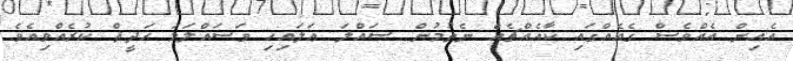
އެއިން އެއްވެސް ގެއެއްގައި ކާއެއްޗެއް ނެތުމުން ޞައްލަ ޢަލައިހި ވަސައްލަމަ ޙަދީޘް ކުރެއްވިއެވެ.